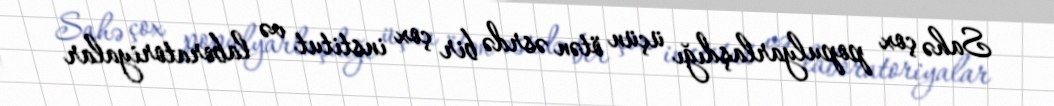
Sahə çox populyarlaşdığı üçün ötən əsrdə bir çox institut və laboratoriyalar